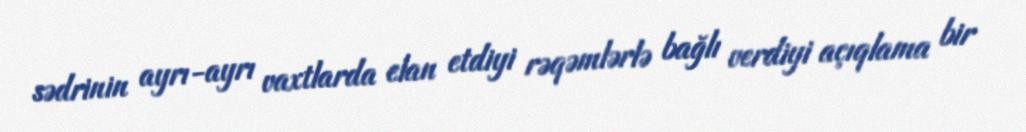
sədrinin ayrı-ayrı vaxtlarda elan etdiyi rəqəmlərlə bağlı verdiyi açıqlama bir